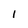
Character: 1